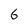
Character: 6